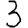
Digit: 3